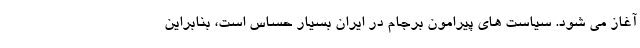
آغاز می شود. سیاست های پیرامون برجام در ایران بسیار حساس است، بنابراین